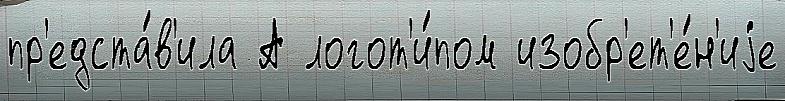
пр'едста́в'ила А логот'и́пом изобр'ет'е́н'иjе